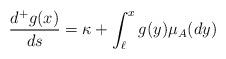
LaTeX: \begin{align*}\frac{d^+g(x)}{ds}=\kappa+ \int_{\ell}^x g(y)\mu_A(dy)\end{align*}